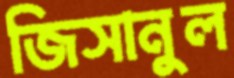
জিসানুল